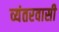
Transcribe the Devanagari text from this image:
व्यंतरवासी